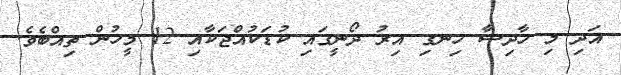
އަދި މި ހާދިސާ ހިނގި އިރު ދޯނީގައި ކުޑަކުއްޖަކާއި 12 މީހުން ތިއްބެވެ.